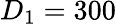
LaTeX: D_{1}=300